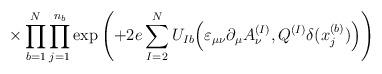
LaTeX: \begin{align*}\times \prod_{b=1}^N \prod_{j=1}^{n_b} \exp \left( + 2e \sum_{I=2}^N U_{Ib} \Big( \varepsilon_{\mu \nu} \partial_\mu A_\nu^{(I)},Q^{(I)} \delta(x^{(b)}_j) \Big) \right)\end{align*}